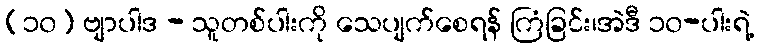
(၁၀) ဗျာပါဒ - သူတစ်ပါးကို သေပျက်စေရန် ကြံခြင်း၊အဲဒီ ၁၀-ပါးရဲ့